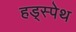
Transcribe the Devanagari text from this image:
हड्स्पेथ